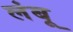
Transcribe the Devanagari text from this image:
लंबू